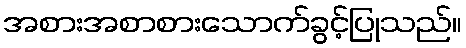
အစားအစာစားသောက်ခွင့်ပြုသည်။